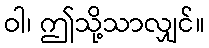
ဝါ၊ ဤသို့သာလျှင်။